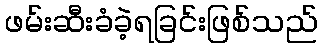
ဖမ်းဆီးခံခဲ့ရခြင်းဖြစ်သည်